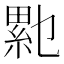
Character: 𰫥